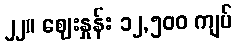
၂၂။ ဈေးနှုန်း ၁၂,၅၀၀ ကျပ်